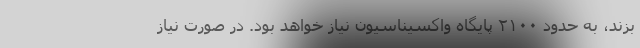
بزند، به حدود ۲۱۰۰ پایگاه واکسیناسیون نیاز خواهد بود. در صورت نیاز